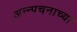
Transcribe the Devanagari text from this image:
अन्न्पचनाच्या